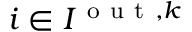
i \in I ^ { \mathrm { ~ o ~ u ~ t ~ } , k }